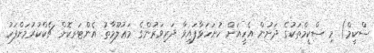
ސްކީމް) މި ސްކީމްތަކުގެ ދަށުން އެހީއަށް ހުށަހަޅާފައިވާ ދަރިވަރުންގެ މަޢުލޫމާތު އެންޓަރކޮށް ޗެކްކުރުމަށްފަހު